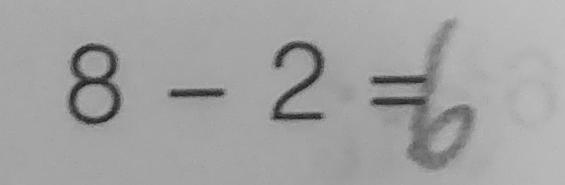
8 - 2 = 6